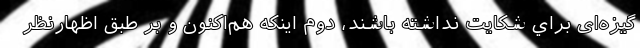
گيزه‌ای براي شكايت نداشته باشند، دوم اينكه هم‌اكنون و بر طبق اظهارنظر